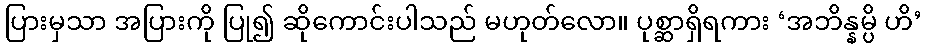
ပြားမှသာ အပြားကို ပြု၍ ဆိုကောင်းပါသည် မဟုတ်လော။ ပုစ္ဆာရှိရကား ‘အဘိန္နမ္ပိ ဟိ’